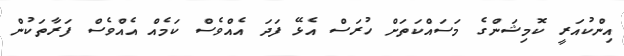
އިންކުއަރީ ކޮމިޝަންގެ މަސައްކަތަށް ހުރަސް އެޅޭ ފަދަ އެއްވެސް ކަމެއް އެއްވެސް ފަރާތަކުން